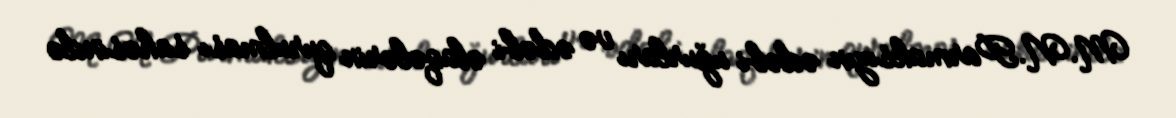
M.N.Parmaksızın ədəbi uğurları və ədəbi əlaqələrin qurulması sahəsində